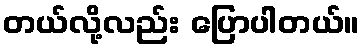
တယ်လို့လည်း ပြောပါတယ်။